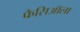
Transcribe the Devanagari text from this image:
फैसिऑला